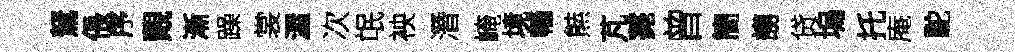
駑倀序覿漸躁裳渥次氓䘧潛崦境轖㷱芃薧曾簡謭贷塢托庵駝